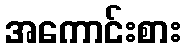
အကောင်းစား